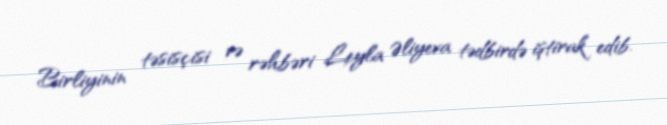
Birliyinin təsisçisi və rəhbəri Leyla Əliyeva tədbirdə iştirak edib.